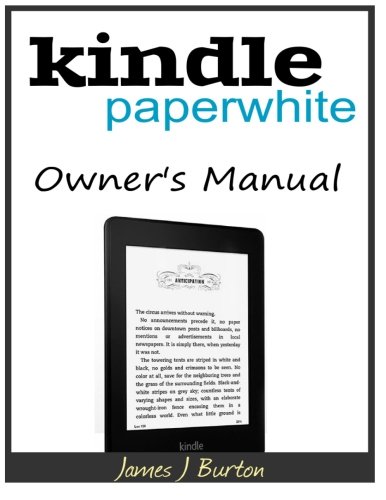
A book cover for Kindle Paperwhite Owner?s Manual: From Basic Information to Professional Knowledge; James J Burton; Computers & Technology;